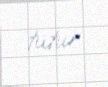
tutur.